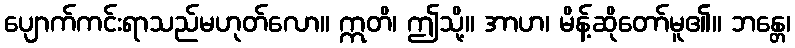
ပျောက်ကင်းရာသည်မဟုတ်လော။ ဣတိ၊ ဤသို့။ အာဟ၊ မိန့်ဆိုတော်မူ၏။ ဘန္တေ၊